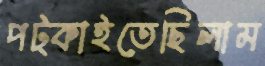
পট্‌কাইতেছিলাম